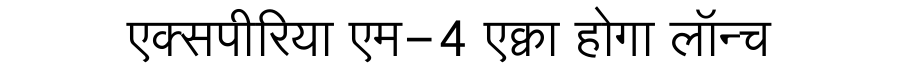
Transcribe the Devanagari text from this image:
एक्सपीरिया एम-4 एक्वा होगा लॉन्च